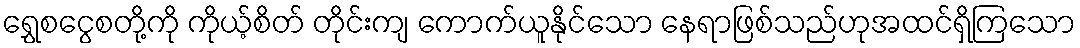
ရွှေစငွေစတို့ကို ကိုယ့်စိတ် တိုင်းကျ ကောက်ယူနိုင်သော နေရာဖြစ်သည်ဟုအထင်ရှိကြသော